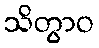
သိတွာဝ